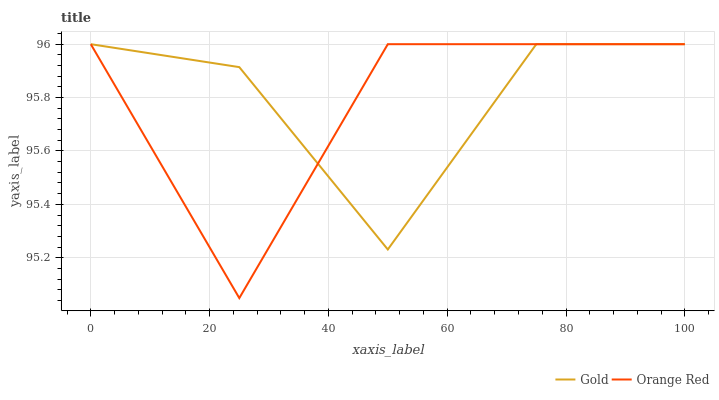
| xaxis_label | Gold | Orange Red |
 | --- | --- | --- |
 | 0 | 96 | 96 |
 | 25 | 95.9 | 95 |
 | 50 | 95.2 | 96 |
 | 75 | 96 | 96 |
 | 100 | 96 | 96 |